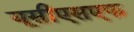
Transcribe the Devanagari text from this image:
यूसीएसएफ